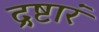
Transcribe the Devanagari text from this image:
द्रष्टारं